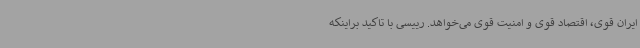
ایران قوی، اقتصاد قوی و امنیت قوی می‌خواهد. رییسی با تاکید براینکه